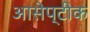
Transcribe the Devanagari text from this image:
आसेप्टीक